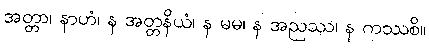
အတ္တာ၊ နာဟံ၊ န အတ္တနိယံ၊ န မမ၊ န အညဿ၊ န ကဿစိ။